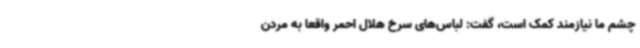
چشم ما نیازمند کمک است، گفت: لباس‌های سرخ هلال احمر واقعا به مردن